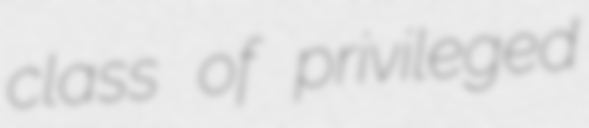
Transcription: class of privileged